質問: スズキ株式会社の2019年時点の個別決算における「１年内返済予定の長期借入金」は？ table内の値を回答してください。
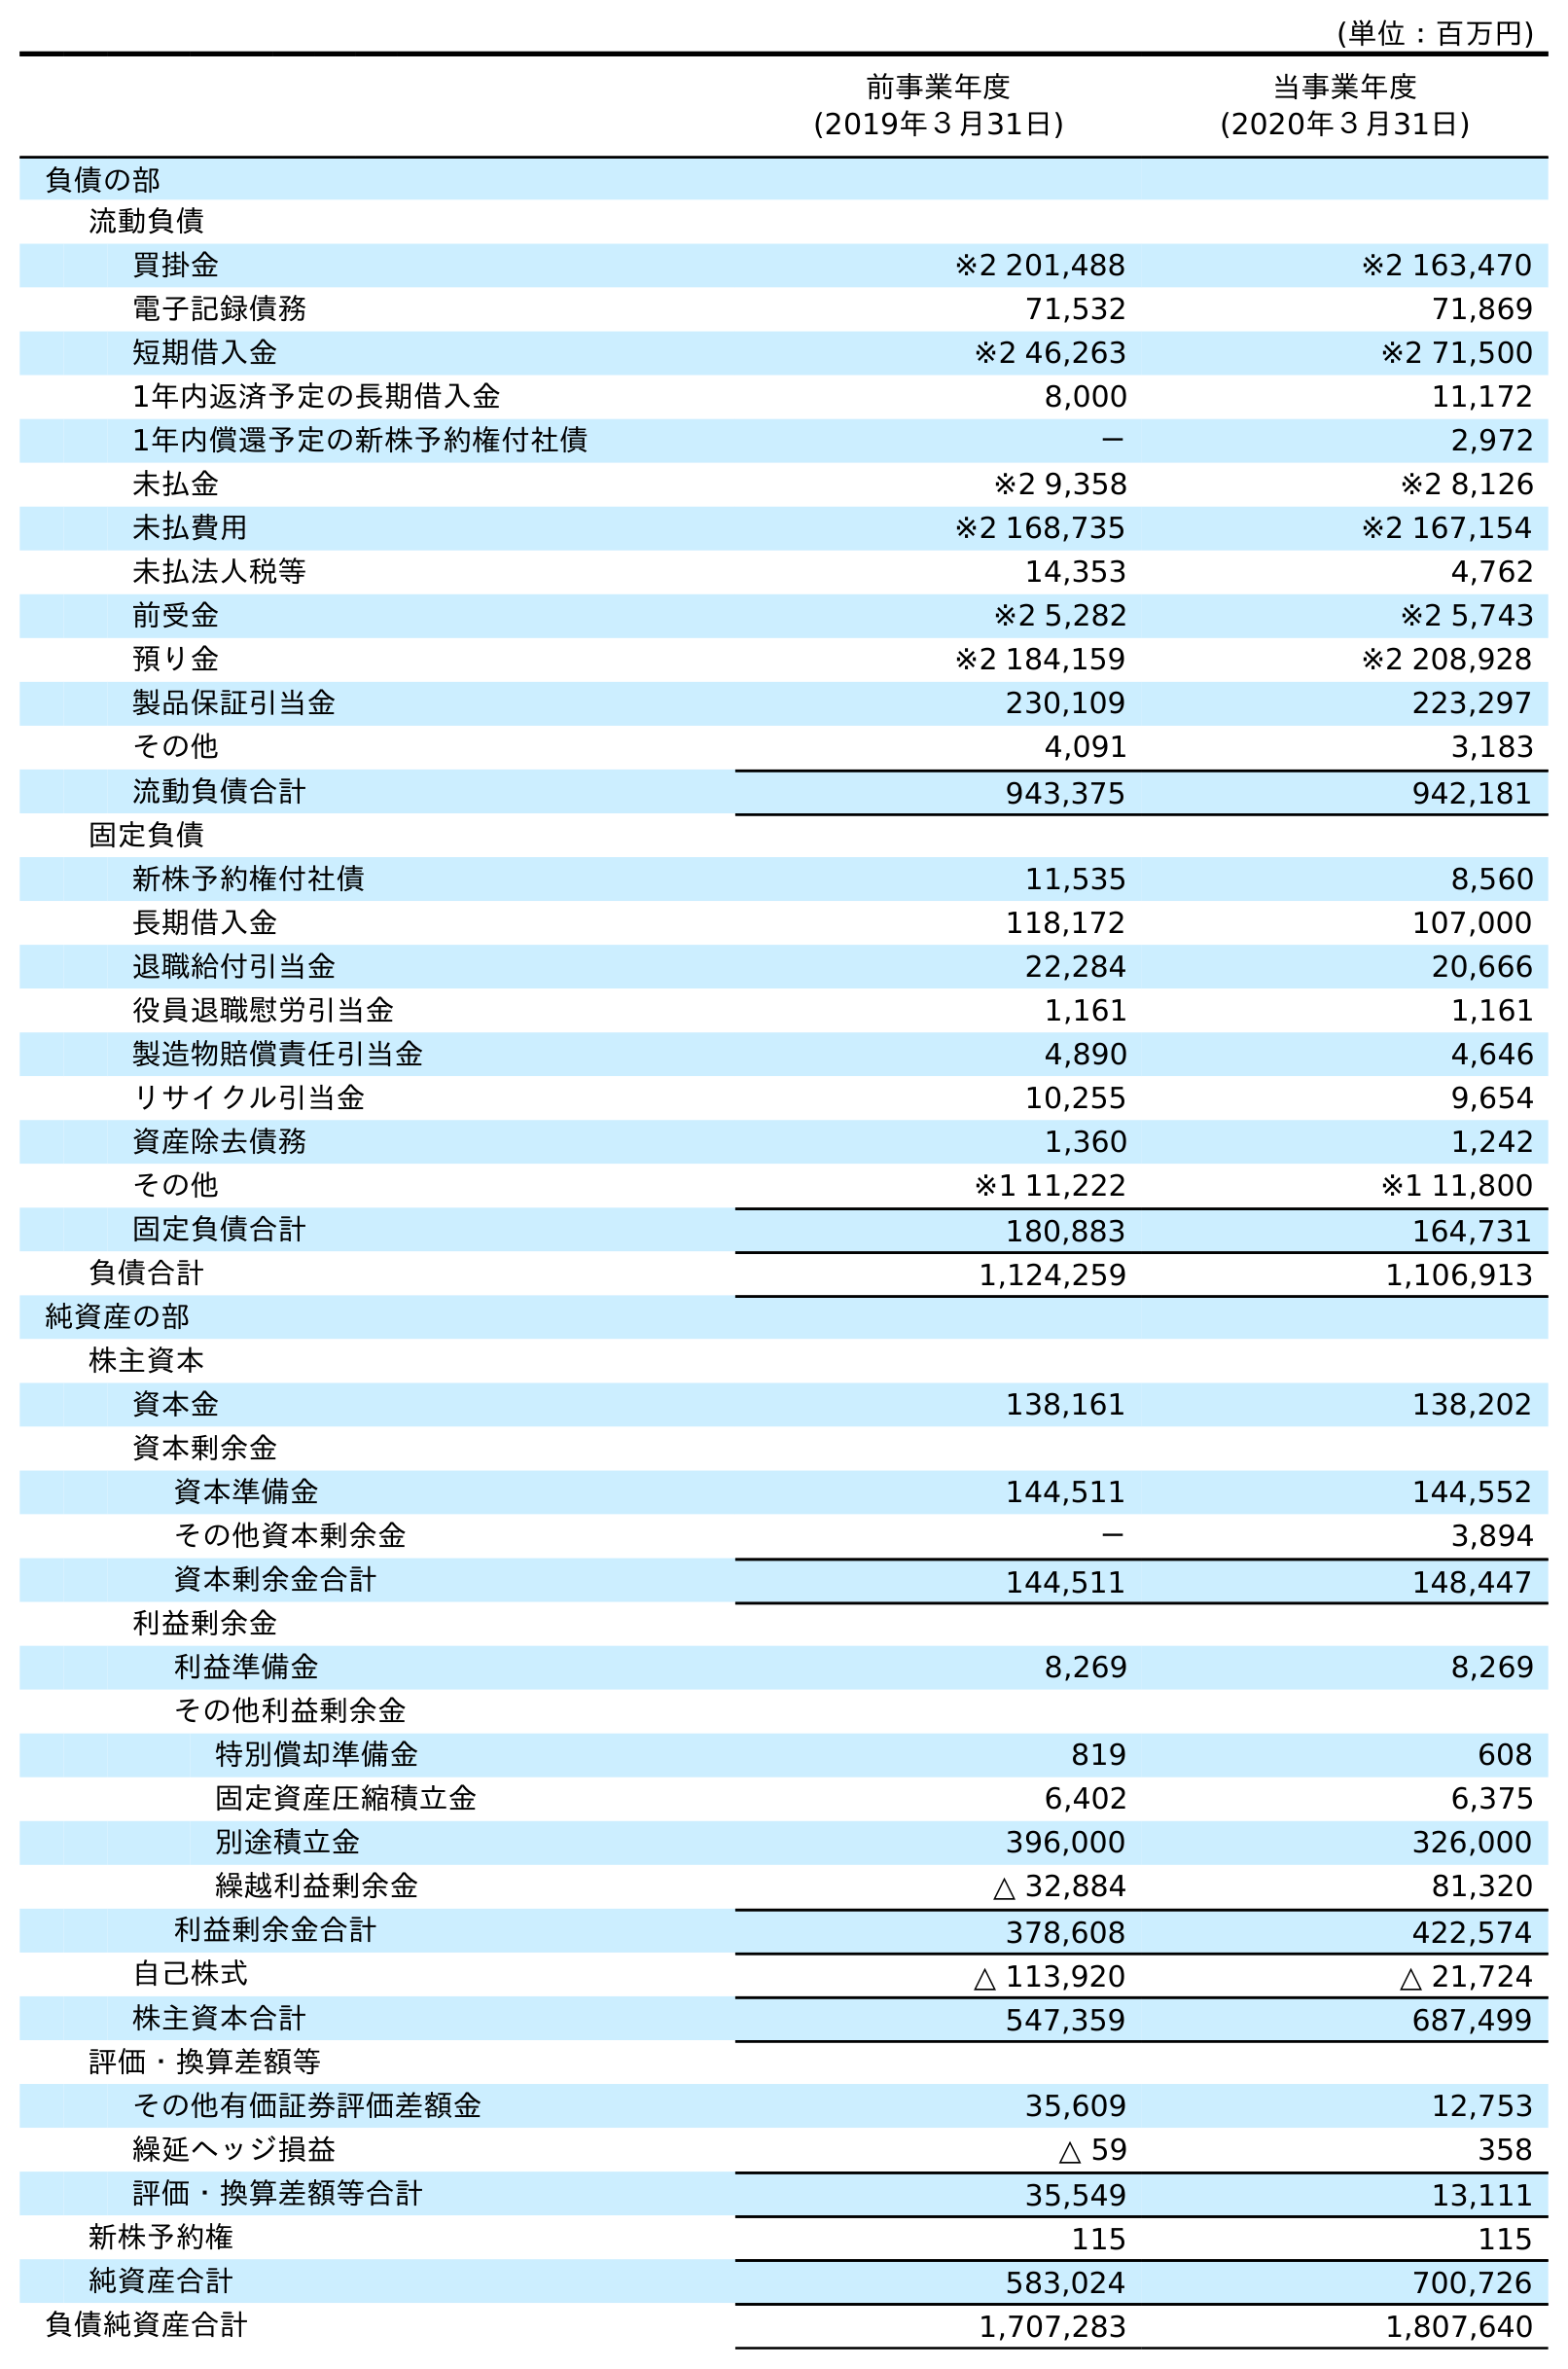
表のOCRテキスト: (単位：百万円) 前事業年度 (2019年３月31日) 当事業年度 (2020年３月31日) 負債の部 流動負債 買掛金 ※2 201,488 ※2 163,470 電子記録債務 71,532 71,869 短期借入金 ※2 46,263 ※2 71,500 1年内返済予定の長期借入金 8,000 11,172 1年内償還予定の新株予約権付社債 － 2,972 未払金 ※2 9,358 ※2 8,126 未払費用 ※2 168,735 ※2 167,154 未払法人税等 14,353 4,762 前受金 ※2 5,282 ※2 5,743 預り金 ※2 184,159 ※2 208,928 製品保証引当金 230,109 223,297 その他 4,091 3,183 流動負債合計 943,375 942,181 固定負債 新株予約権付社債 11,535 8,560 長期借入金 118,172 107,000 退職給付引当金 22,284 20,666 役員退職慰労引当金 1,161 1,161 製造物賠償責任引当金 4,890 4,646 リサイクル引当金 10,255 9,654 資産除去債務 1,360 1,242 その他 ※1 11,222 ※1 11,800 固定負債合計 180,883 164,731 負債合計 1,124,259 1,106,913 純資産の部 株主資本 資本金 138,161 138,202 資本剰余金 資本準備金 144,511 144,552 その他資本剰余金 － 3,894 資本剰余金合計 144,511 148,447 利益剰余金 利益準備金 8,269 8,269 その他利益剰余金 特別償却準備金 819 608 固定資産圧縮積立金 6,402 6,375 別途積立金 396,000 326,000 繰越利益剰余金 △ 32,884 81,320 利益剰余金合計 378,608 422,574 自己株式 △ 113,920 △ 21,724 株主資本合計 547,359 687,499 評価・換算差額等 その他有価証券評価差額金 35,609 12,753 繰延ヘッジ損益 △ 59 358 評価・換算差額等合計 35,549 13,111 新株予約権 115 115 純資産合計 583,024 700,726 負債純資産合計 1,707,283 1,807,640
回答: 8,000